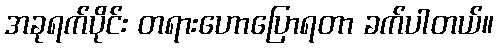
အခုရက်ပိုင်း တရားဟောပြောရတာ ခက်ပါတယ်။